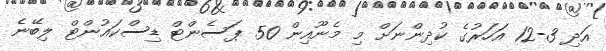
އަދި 3-12 އަހަރުގެ ކުދިންނަށް މި މެނޫއިން 50 ޕަސެންޓް ޑިސްކައުންޓް ލިބޭނެ